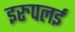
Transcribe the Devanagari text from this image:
इरुपलई